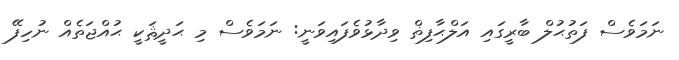
ނަމަވެސް ފަތުޙުލް ބާރީގައި އަލްޙާފިޡް ވިދާޅުވެފައިވަނީ: ނަމަވެސް މި ޙަދީޘަކީ ޙުއްޖަތެއް ނުހިފޭ